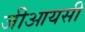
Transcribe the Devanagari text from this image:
जीआयसी